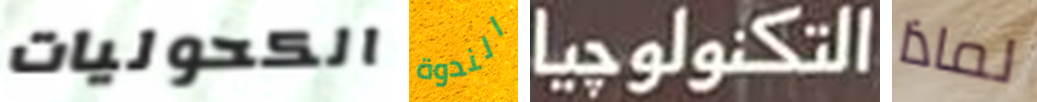
الكحوليات الندوة التكنولوجيا لماذا